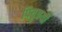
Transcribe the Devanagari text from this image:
पितृत्रयी